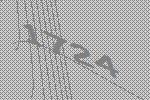
1724